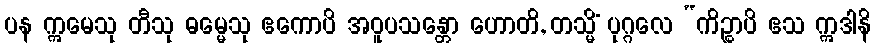
ပန ဣမေသု တီသု ဓမ္မေသု ဧကောပိ အဝူပသန္တော ဟောတိ, တသ္မိံ ပုဂ္ဂလေ “ကိဉ္စာပိ ဧသ ဣဒါနိ